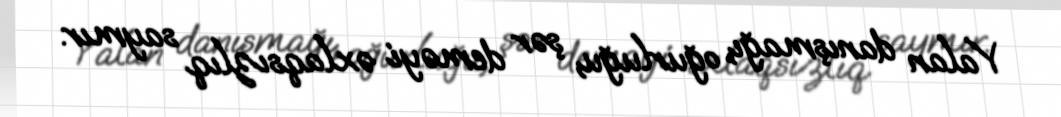
Yalan danışmağı, oğurluğu, şər deməyi əxlaqsızlıq saymır.